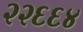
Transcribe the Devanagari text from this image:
२२६६४